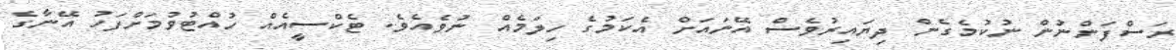
ރަސްފަންނުން ނުކުމެގެން ދިޔައިރުވެސް އޭނައަށް އެކަމުގެ ހިލަމެއް ނުވެއެވެ. ޓެކްސީއެއް ހުއްޓުވުމަށްފަހު އޭނާގެ